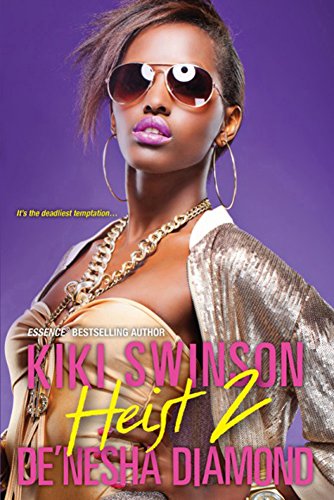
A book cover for Heist 2; Kiki Swinson; Literature & Fiction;